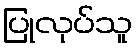
ပြုလုပ်သူ